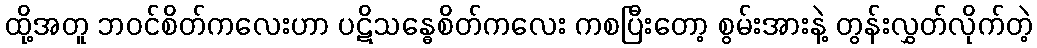
ထို့အတူ ဘဝင်စိတ်ကလေးဟာ ပဋိသန္ဓေစိတ်ကလေး ကစပြီးတော့ စွမ်းအားနဲ့ တွန်းလွှတ်လိုက်တဲ့